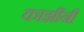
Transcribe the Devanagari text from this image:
काझींनी